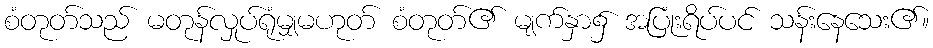
စံတုတ်သည် မတုန်လှုပ်ရုံမျှမဟုတ် စံတုတ်၏ မျက်နှာ၌ အပြုံးရိပ်ပင် သန်းနေသေး၏။